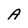
Character: A